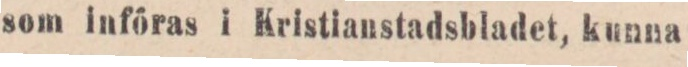
som införas i Kristianstadsbladet, kunna